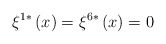
\begin{align*}\xi ^{1*}\left( x\right) =\xi ^{6*}\left( x\right) =0 \end{align*}